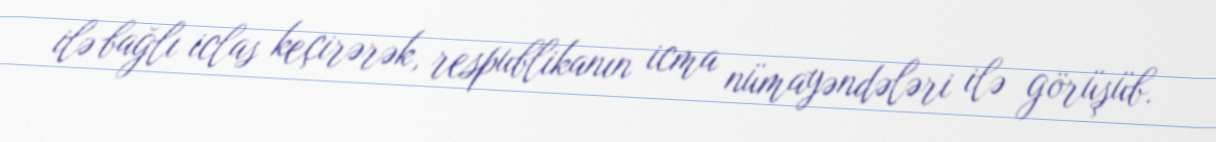
ilə bağlı iclas keçirərək, respublikanın icma nümayəndələri ilə görüşüb.